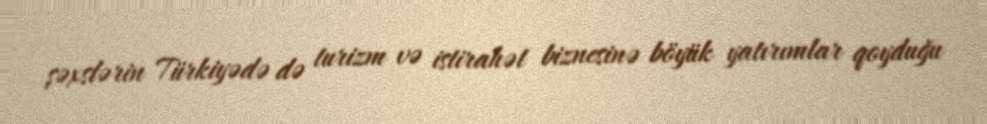
şəxslərin Türkiyədə də turizm və istirahət biznesinə böyük yatırımlar qoyduğu